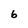
Character: b